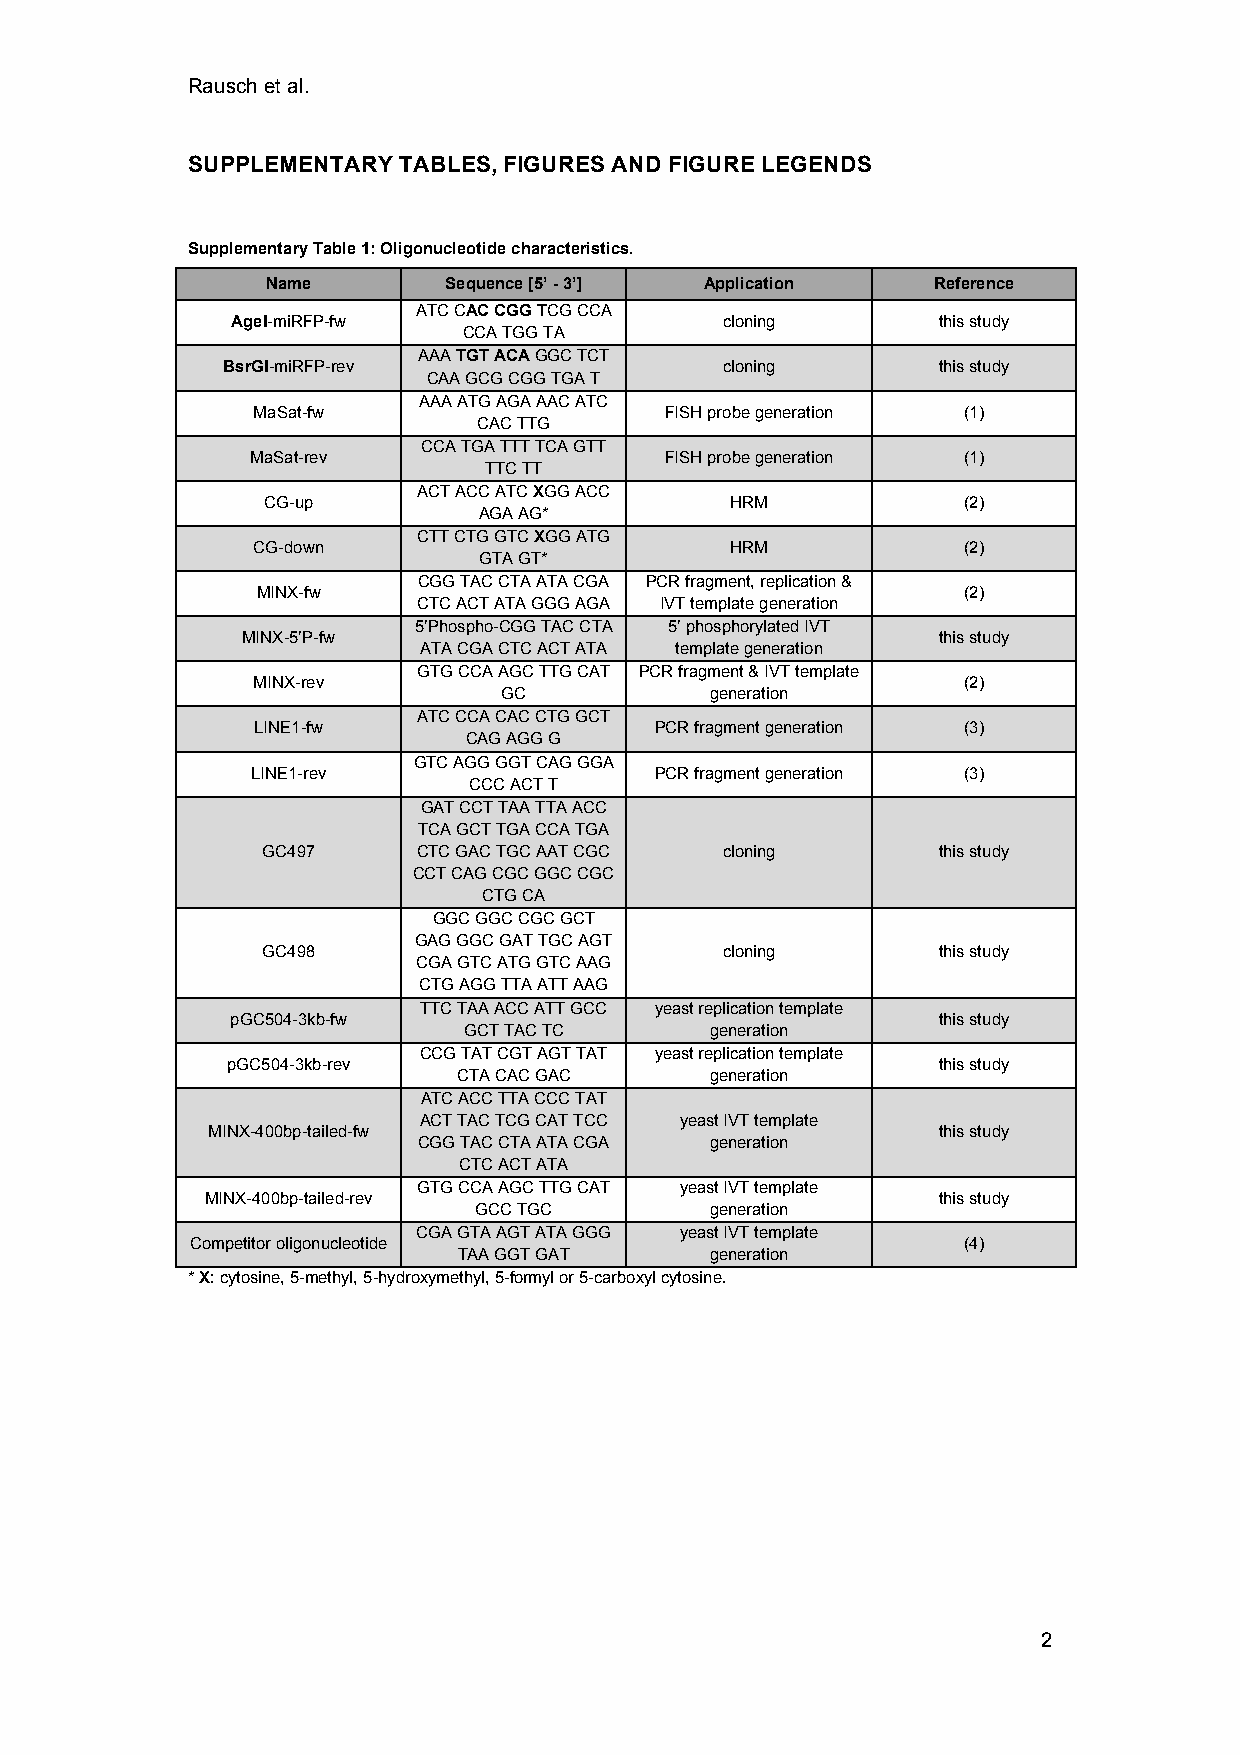
Rausch et al.
 SUPPLEMENTARY TABLES, FIGURES AND FIGURE LEGENDS
 Supplementary Table 1: Oligonucleotide characteristics.
 Name       Sequence [5’ - 3’] Application   Reference
 ATC CAC CGG TCG CCA
 AgeI-miRFP-fw                    cloning       this study
 CCA TGG TA
 AAA TGT ACA GGC TCT
 BsrGI-miRFP-rev                  cloning       this study
 CAA GCG CGG TGA T
 AAA ATG AGA AAC ATC
 MaSat-fw                   FISH probe generation (1)
 CAC TTG
 CCA TGA TTT TCA GTT
 MaSat-rev                  FISH probe generation (1)
 TTC TT
 ACT ACC ATC XGG ACC
 CG-up                          HRM             (2)
 AGA AG*
 CTT CTG GTC XGG ATG
 CG-down                        HRM             (2)
 GTA GT*
 CGG TAC CTA ATA CGA PCR fragment, replication &
 MINX-fw                                        (2)
 CTC ACT ATA GGG AGA IVT template generation
 5’Phospho-CGG TAC CTA 5’ phosphorylated IVT
 MINX-5’P-fw                                   this study
 ATA CGA CTC ACT ATA template generation
 GTG CCA AGC TTG CAT PCR fragment & IVT template
 MINX-rev                                       (2)
 GC            generation
 ATC CCA CAC CTG GCT
 LINE1-fw                  PCR fragment generation (3)
 CAG AGG G
 GTC AGG GGT CAG GGA
 LINE1-rev                 PCR fragment generation (3)
 CCC ACT T
 GAT CCT TAA TTA ACC
 TCA GCT TGA CCA TGA
 GC497      CTC GAC TGC AAT CGC cloning       this study
 CCT CAG CGC GGC CGC
 CTG CA
 GGC GGC CGC GCT
 GAG GGC GAT TGC AGT
 GC498                          cloning       this study
 CGA GTC ATG GTC AAG
 CTG AGG TTA ATT AAG
 TTC TAA ACC ATT GCC yeast replication template
 pGC504-3kb-fw                                  this study
 GCT TAC TC      generation
 CCG TAT CGT AGT TAT yeast replication template
 pGC504-3kb-rev                                 this study
 CTA CAC GAC      generation
 ATC ACC TTA CCC TAT
 ACT TAC TCG CAT TCC yeast IVT template
 MINX-400bp-tailed-fw                            this study
 CGG TAC CTA ATA CGA generation
 CTC ACT ATA
 GTG CCA AGC TTG CAT yeast IVT template
 MINX-400bp-tailed-rev                           this study
 GCC TGC         generation
 CGA GTA AGT ATA GGG yeast IVT template
 Competitor oligonucleotide                         (4)
 TAA GGT GAT      generation
 * X: cytosine, 5-methyl, 5-hydroxymethyl, 5-formyl or 5-carboxyl cytosine.
 2